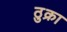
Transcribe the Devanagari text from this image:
ठुक्रा